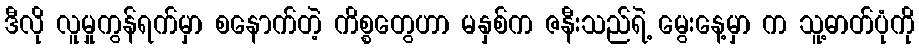
ဒီလို လူမှုကွန်ရက်မှာ စနောက်တဲ့ ကိစ္စတွေဟာ မနှစ်က ဇနီးသည်ရဲ့ မွေးနေ့မှာ က သူ့ဓာတ်ပုံကို